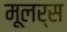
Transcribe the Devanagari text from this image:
मूलर्स